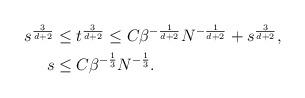
LaTeX: \begin{align*} \begin{aligned} s^{\frac{3}{d+2}} &\leq t^{\frac{3}{d+2}} \leq C\beta^{-\frac{1}{d+2}}N^{-\frac{1}{d+2}} + s^{\frac{3}{d+2}}, \\s &\leq C\beta^{-\frac{1}{3}}N^{-\frac{1}{3}}. \end{aligned} \end{align*}